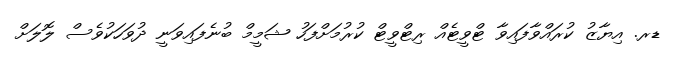
ޑރ. އިޔާޒު ކުރައްވާފައިވާ ޓްވީޓެއް ރިޓްވީޓް ކުރުމަށްފަހު ޝަމީމް ބުނެފައިވަނީ ދުވަހަކުވެސް ލޮލަށް